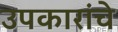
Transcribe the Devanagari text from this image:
उपकारांचे